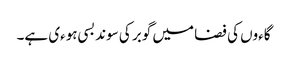
گاءوں کی فضا میں گوبر کی سوند بسی ہوءی ہے۔